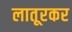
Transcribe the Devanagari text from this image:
लातूरकर